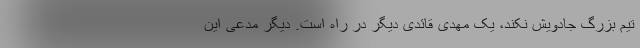
تیم بزرگ جادویش نکند، یک مهدی قائدی دیگر در راه است. دیگر مدعی این